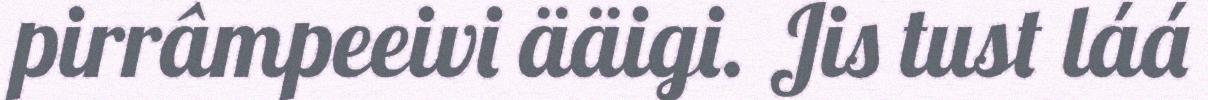
pirrâmpeeivi ääigi. Jis tust láá